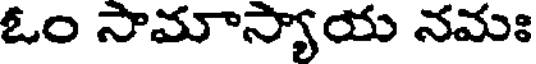
ఓం సామాస్యాయ నమః